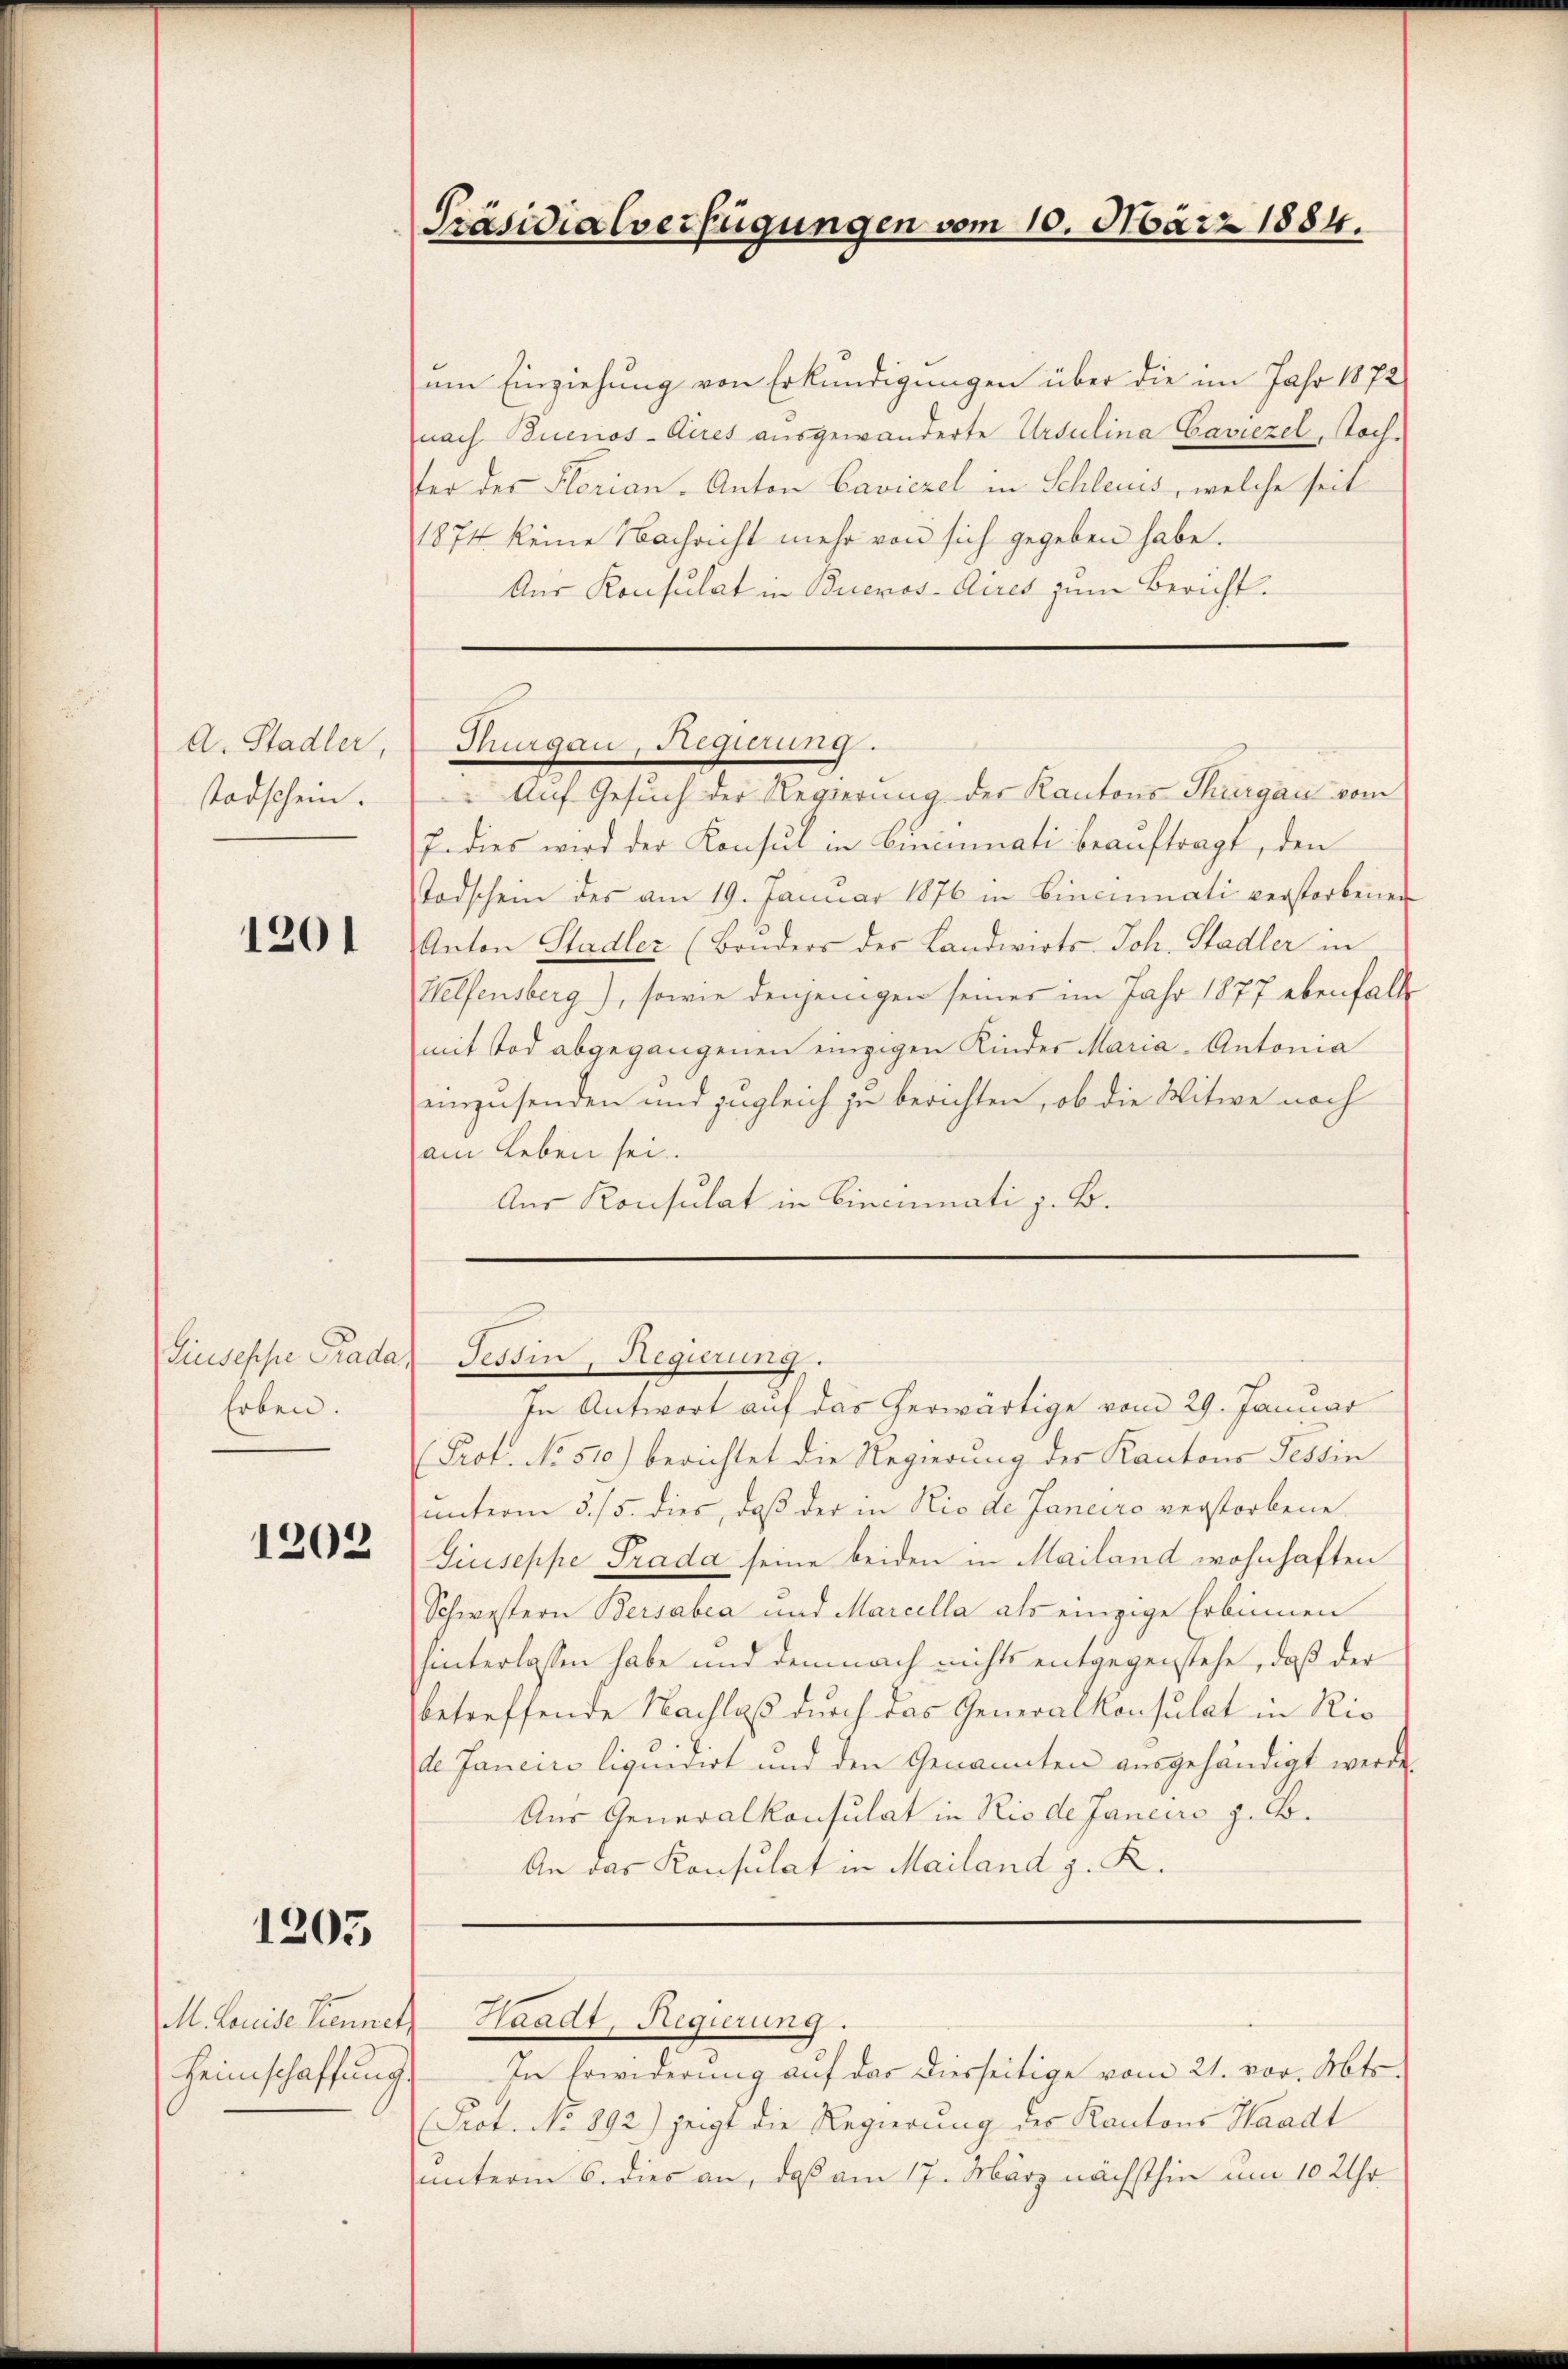
A. Stadler,
Todschein.

1201

Erben.

1202

1203

M. Louise Trennet,
Heimschaffung.

am Einziehung von Erkundigungen über die im Jahr 1872
nach Buenos-Aires ausgewanderte Ursulina Caviezel, Tochter der Florian. Anton Caviczel in Schlecus, welche seit
1874 keine Nachricht mehr von sich gegeben habe.
Aus Konsulat in Buenos-Aires zum Bericht.

Präsidialverfügungen vom 10. März 1884.

" Auf Gesuch der Regierung der Kantons Thurgau vom
J. dies wird der Konsul in Bincumnati beauftragt, den
Todschein des am 19. Januar 1876 in Cincinati verstorbenen
Anton Stadler (Bruders der Landwirts-Joh. Stadler in
Helfensberg), sowie denjenigen seines im Jahr 1877 ebenfall
mit Tod abgegangenen einzigen Kinder Maria- Antonia
einzusenden und zugleich zu berichten, ob die Witwe noch
am Leben sei.
Aus Konsulat in Cincinnati z. B.

Nungau, Regierung.

In Antwort auf das herwärtige vom 29. Januar
(Prof. No. 510.) berichtet die Regierung des Kantons Tessin
unterm 5./5. dies, daß der in Rio de Janeiro verstorbene
Giuseppe Prada seine beiden in Mailand wohnhaften
Schwestern Bersabea und Marcella als einzige Erbinnen
hinterlassen habe und demnach nichts entgegenstehe, daß der
betreffende Nachlaß durch das Generalkonsulat in Ric
de Janeiro liquidirt und den Genannten ausgehändigt werde.
Aus Generalkonsulat in Rio de Janeiro z. B.
An das Konsulat in Mailand z. K.

Giuseppe Gradas Tessin, Regierung.

Waadt, Regierung.

In Erwiderung auf das diesseitige vom 21. vor. Mts.
Prot. No 892) zeigt die Regierung der Kantons Waadt
unterm 6. dies an, daß am 17. März nächsthin um 10 Uhr